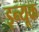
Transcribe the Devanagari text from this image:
इन्यूक